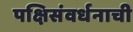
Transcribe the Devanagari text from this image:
पक्षिसंवर्धनाची